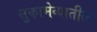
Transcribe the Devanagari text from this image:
सुकामेव्यातील